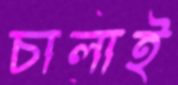
চালাই